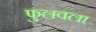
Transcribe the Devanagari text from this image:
फुलवला